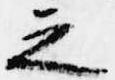
之